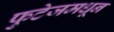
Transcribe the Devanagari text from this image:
फुटेजमधून